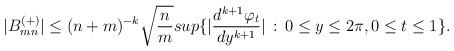
LaTeX: \begin{align*}|B^{(+)}_{mn}| \leq (n+m)^{-k}\sqrt{{n\over m}} sup\{|{d^{k+1}\varphi_t\over dy^{k+1}}| \,:\, 0\leq y\leq2\pi, 0\leq t\leq 1\} .\end{align*}